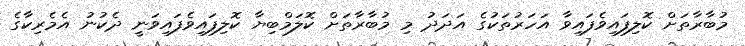
މުބާރާތަށް ކޮލިފައިވެފައިވާ އަހަރުތަކުގެ އަދަދު މި މުބާރާތަށް ކޮލަމްބިޔާ ކޮލިފައިވެފައިވަނީ ދެކުނު އެމެރިކާގެ